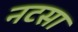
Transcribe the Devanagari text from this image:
नटसा